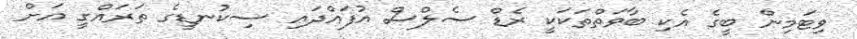
ވިޓަމިން ބީގެ އެކި ބާވަތްތަކަކީ ރެޑް ސެލްސް އުފައްދައި ސިކުނޑީގެ ތަރައްގީ އަށް